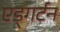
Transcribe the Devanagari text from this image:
एड्गर्टन